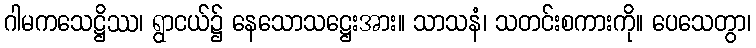
ဂါမကသေဋ္ဌိဿ၊ ရွာငယ်၌ နေသောသဋ္ဌေးအား။ သာသနံ၊ သတင်းစကားကို။ ပေသေတွာ၊